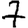
Digit: 7